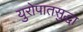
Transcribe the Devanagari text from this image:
युरोपातसुद्धा